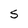
Character: S